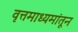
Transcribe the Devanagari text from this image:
वृत्तमाध्यमांतून